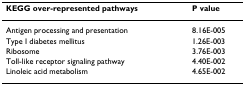
<table><thead><tr><td><b>KEGG over-represented pathways</b></td><td><b>P value</b></td></tr></thead><tbody><tr><td>Antigen processing and presentation</td><td>8.16E-005</td></tr><tr><td>Type I diabetes mellitus</td><td>1.26E-003</td></tr><tr><td>Ribosome</td><td>3.76E-003</td></tr><tr><td>Toll-like receptor signaling pathway</td><td>4.40E-002</td></tr><tr><td>Linoleic acid metabolism</td><td>4.65E-002</td></tr></tbody></table>